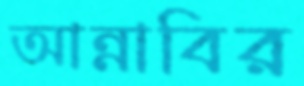
আন্নাবির